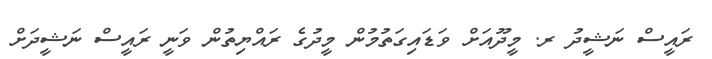
ރައީސް ނަޝީދު ރ. މީދޫއަށް ވަޑައިގަތުމުން މީދުގެ ރައްޔިތުން ވަނީ ރައީސް ނަޝީދަށް